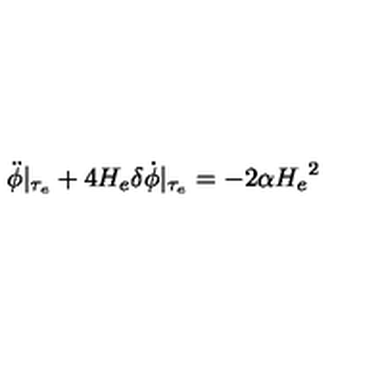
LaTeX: \ddot { \phi } \vert _ { \tau _ { e } } + 4 H _ { e } \delta \dot { \phi } \vert _ { \tau _ { e } } = - 2 \alpha { H _ { e } } ^ { 2 }